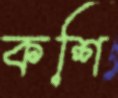
কশি